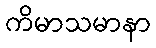
ကိမာသမာနာ